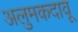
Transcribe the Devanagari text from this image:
अलुमकदावू